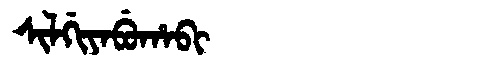
Manchu: ᠰᡳᠯᡤᡳᠶᠠᠪᡠᡥᠠᠪᡳ
Romanization: SILGIYABUHABI